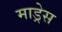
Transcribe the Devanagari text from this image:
माड्रेस